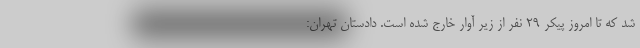
شد که تا امروز پیکر ۲۹ نفر از زیر آوار خارج شده است. دادستان تهران: